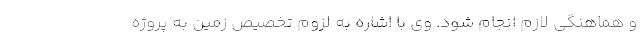
و هماهنگی لازم انجام شود. وی با اشاره به لزوم تخصیص زمین به پروژه